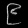
Digit: ၉